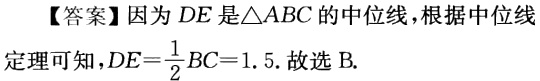
【答案】因为 \(DE\) 是\(\triangle ABC\)的中位线，根据中位线定理可知，\(DE = \frac{1}{2}BC = 1.5\). 故选 B.